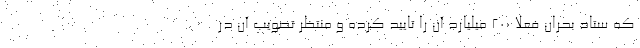
که ستاد بحران فعلا 200 میلیارد آن را تایید کرده و منتظر تصویب آن در